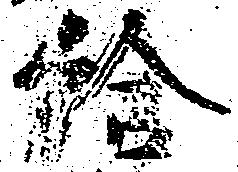
給